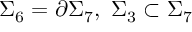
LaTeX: \Sigma _ { 6 } = \partial \Sigma _ { 7 } , \ \Sigma _ { 3 } \subset \Sigma _ { 7 }